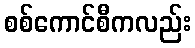
စစ်ကောင်စီကလည်း